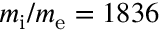
m _ { \mathrm { i } } / m _ { \mathrm { e } } = 1 8 3 6